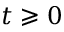
t \geqslant 0